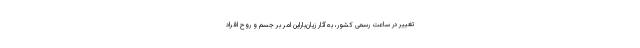
تغییر در ساعت رسمی کشور، به آثار زیان‌باراین امر بر جسم و روح افراد